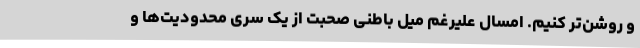
و روشن‌تر کنیم. امسال علیرغم میل باطنی صحبت از یک سری محدودیت‌ها و